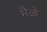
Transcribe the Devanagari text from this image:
मैळे